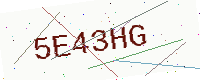
Text: 5E43HG